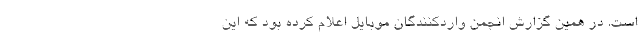
است. در همین گزارش انجمن واردکنندگان موبایل اعلام کرده بود که این